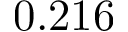
0 . 2 1 6